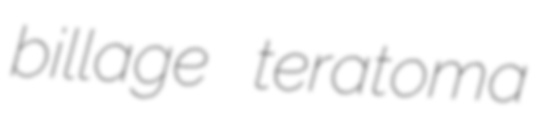
billage teratoma